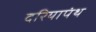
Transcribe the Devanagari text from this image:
दरियापंथ